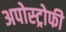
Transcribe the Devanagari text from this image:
अपोस्ट्रोफी